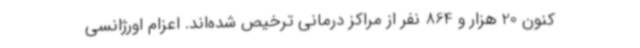
کنون 20 هزار و 864 نفر از مراکز درمانی ترخیص شده‌اند. اعزام اورژانسی